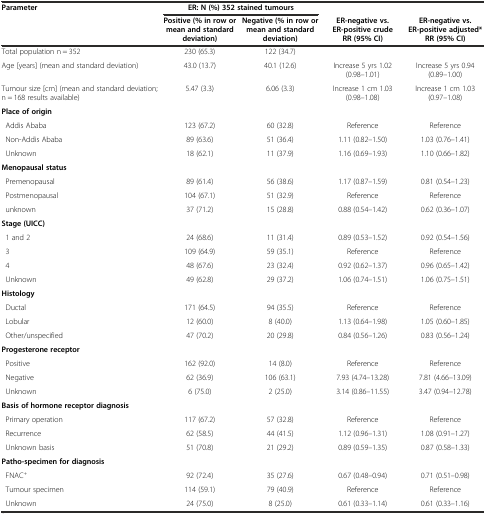
<table><thead><tr><td><b>Parameter</b></td><td colspan="2"><b>ER: N (%) 352 stained tumours</b></td><td></td><td></td></tr><tr><td></td><td><b>Positive (% in row or mean and standard deviation)</b></td><td><b>Negative (% in row or mean and standard deviation)</b></td><td><b>ER-negative vs. ER-positive crude RR (95% CI)</b></td><td><b>ER-negative vs. ER-positive adjusted* RR (95% CI)</b></td></tr></thead><tbody><tr><td>Total population n = 352</td><td>230 (65.3)</td><td>122 (34.7)</td><td></td><td></td></tr><tr><td>Age [years] (mean and standard deviation)</td><td>43.0 (13.7)</td><td>40.1 (12.6)</td><td>Increase 5 yrs 1.02 (0.98–1.01)</td><td>Increase 5 yrs 0.94 (0.89–1.00)</td></tr><tr><td>Tumour size [cm] (mean and standard deviation; n = 168 results available)</td><td>5.47 (3.3)</td><td>6.06 (3.3)</td><td>Increase 1 cm 1.03 (0.98–1.08)</td><td>Increase 1 cm 1.03 (0.97–1.08)</td></tr><tr><td><b>Place of origin</b></td><td></td><td></td><td></td><td></td></tr><tr><td> Addis Ababa</td><td>123 (67.2)</td><td>60 (32.8)</td><td>Reference</td><td>Reference</td></tr><tr><td> Non-Addis Ababa</td><td>89 (63.6)</td><td>51 (36.4)</td><td>1.11 (0.82–1.50)</td><td>1.03 (0.76–1.41)</td></tr><tr><td> Unknown</td><td>18 (62.1)</td><td>11 (37.9)</td><td>1.16 (0.69–1.93)</td><td>1.10 (0.66–1.82)</td></tr><tr><td><b>Menopausal status</b></td><td></td><td></td><td></td><td></td></tr><tr><td> Premenopausal</td><td>89 (61.4)</td><td>56 (38.6)</td><td>1.17 (0.87–1.59)</td><td>0.81 (0.54–1.23)</td></tr><tr><td> Postmenopausal</td><td>104 (67.1)</td><td>51 (32.9)</td><td>Reference</td><td>Reference</td></tr><tr><td> unknown</td><td>37 (71.2)</td><td>15 (28.8)</td><td>0.88 (0.54–1.42)</td><td>0.62 (0.36–1.07)</td></tr><tr><td><b>Stage (UICC)</b></td><td></td><td></td><td></td><td></td></tr><tr><td> 1 and 2</td><td>24 (68.6)</td><td>11 (31.4)</td><td>0.89 (0.53–1.52)</td><td>0.92 (0.54–1.56)</td></tr><tr><td> 3</td><td>109 (64.9)</td><td>59 (35.1)</td><td>Reference</td><td>Reference</td></tr><tr><td> 4</td><td>48 (67.6)</td><td>23 (32.4)</td><td>0.92 (0.62–1.37)</td><td>0.96 (0.65–1.42)</td></tr><tr><td> Unknown</td><td>49 (62.8)</td><td>29 (37.2)</td><td>1.06 (0.74–1.51)</td><td>1.06 (0.75–1.51)</td></tr><tr><td><b>Histology</b></td><td></td><td></td><td></td><td></td></tr><tr><td> Ductal</td><td>171 (64.5)</td><td>94 (35.5)</td><td>Reference</td><td>Reference</td></tr><tr><td> Lobular</td><td>12 (60.0)</td><td>8 (40.0)</td><td>1.13 (0.64–1.98)</td><td>1.05 (0.60–1.85)</td></tr><tr><td> Other/unspecified</td><td>47 (70.2)</td><td>20 (29.8)</td><td>0.84 (0.56–1.26)</td><td>0.83 (0.56–1.24)</td></tr><tr><td><b>Progesterone receptor</b></td><td></td><td></td><td></td><td></td></tr><tr><td> Positive</td><td>162 (92.0)</td><td>14 (8.0)</td><td>Reference</td><td>Reference</td></tr><tr><td> Negative</td><td>62 (36.9)</td><td>106 (63.1)</td><td>7.93 (4.74–13.28)</td><td>7.81 (4.66–13.09)</td></tr><tr><td> Unknown</td><td>6 (75.0)</td><td>2 (25.0)</td><td>3.14 (0.86–11.55)</td><td>3.47 (0.94–12.78)</td></tr><tr><td><b>Basis of hormone receptor diagnosis</b></td><td></td><td></td><td></td><td></td></tr><tr><td> Primary operation</td><td>117 (67.2)</td><td>57 (32.8)</td><td>Reference</td><td>Reference</td></tr><tr><td> Recurrence</td><td>62 (58.5)</td><td>44 (41.5)</td><td>1.12 (0.96–1.31)</td><td>1.08 (0.91–1.27)</td></tr><tr><td> Unknown basis</td><td>51 (70.8)</td><td>21 (29.2)</td><td>0.89 (0.59–1.35)</td><td>0.87 (0.58–1.33)</td></tr><tr><td><b>Patho-specimen for diagnosis</b></td><td></td><td></td><td></td><td></td></tr><tr><td> FNAC<sup>+</sup></td><td>92 (72.4)</td><td>35 (27.6)</td><td>0.67 (0.48–0.94)</td><td>0.71 (0.51–0.98)</td></tr><tr><td> Tumour specimen</td><td>114 (59.1)</td><td>79 (40.9)</td><td>Reference</td><td>Reference</td></tr><tr><td> Unknown</td><td>24 (75.0)</td><td>8 (25.0)</td><td>0.61 (0.33–1.14)</td><td>0.61 (0.33–1.16)</td></tr></tbody></table>